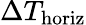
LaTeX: \Delta T_{\mathrm{horiz}}